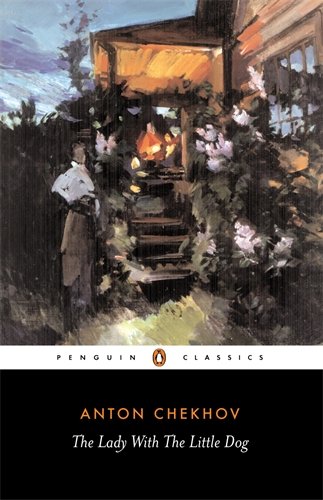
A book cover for Lady with the Little Dog and Other Stories, 1896-1904; Anton Chekhov; Literature & Fiction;